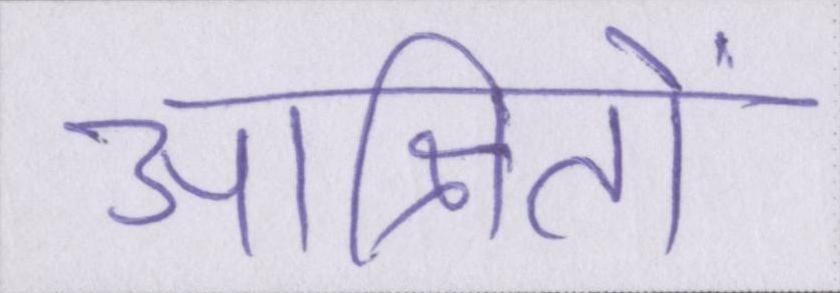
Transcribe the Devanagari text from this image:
आश्रितों